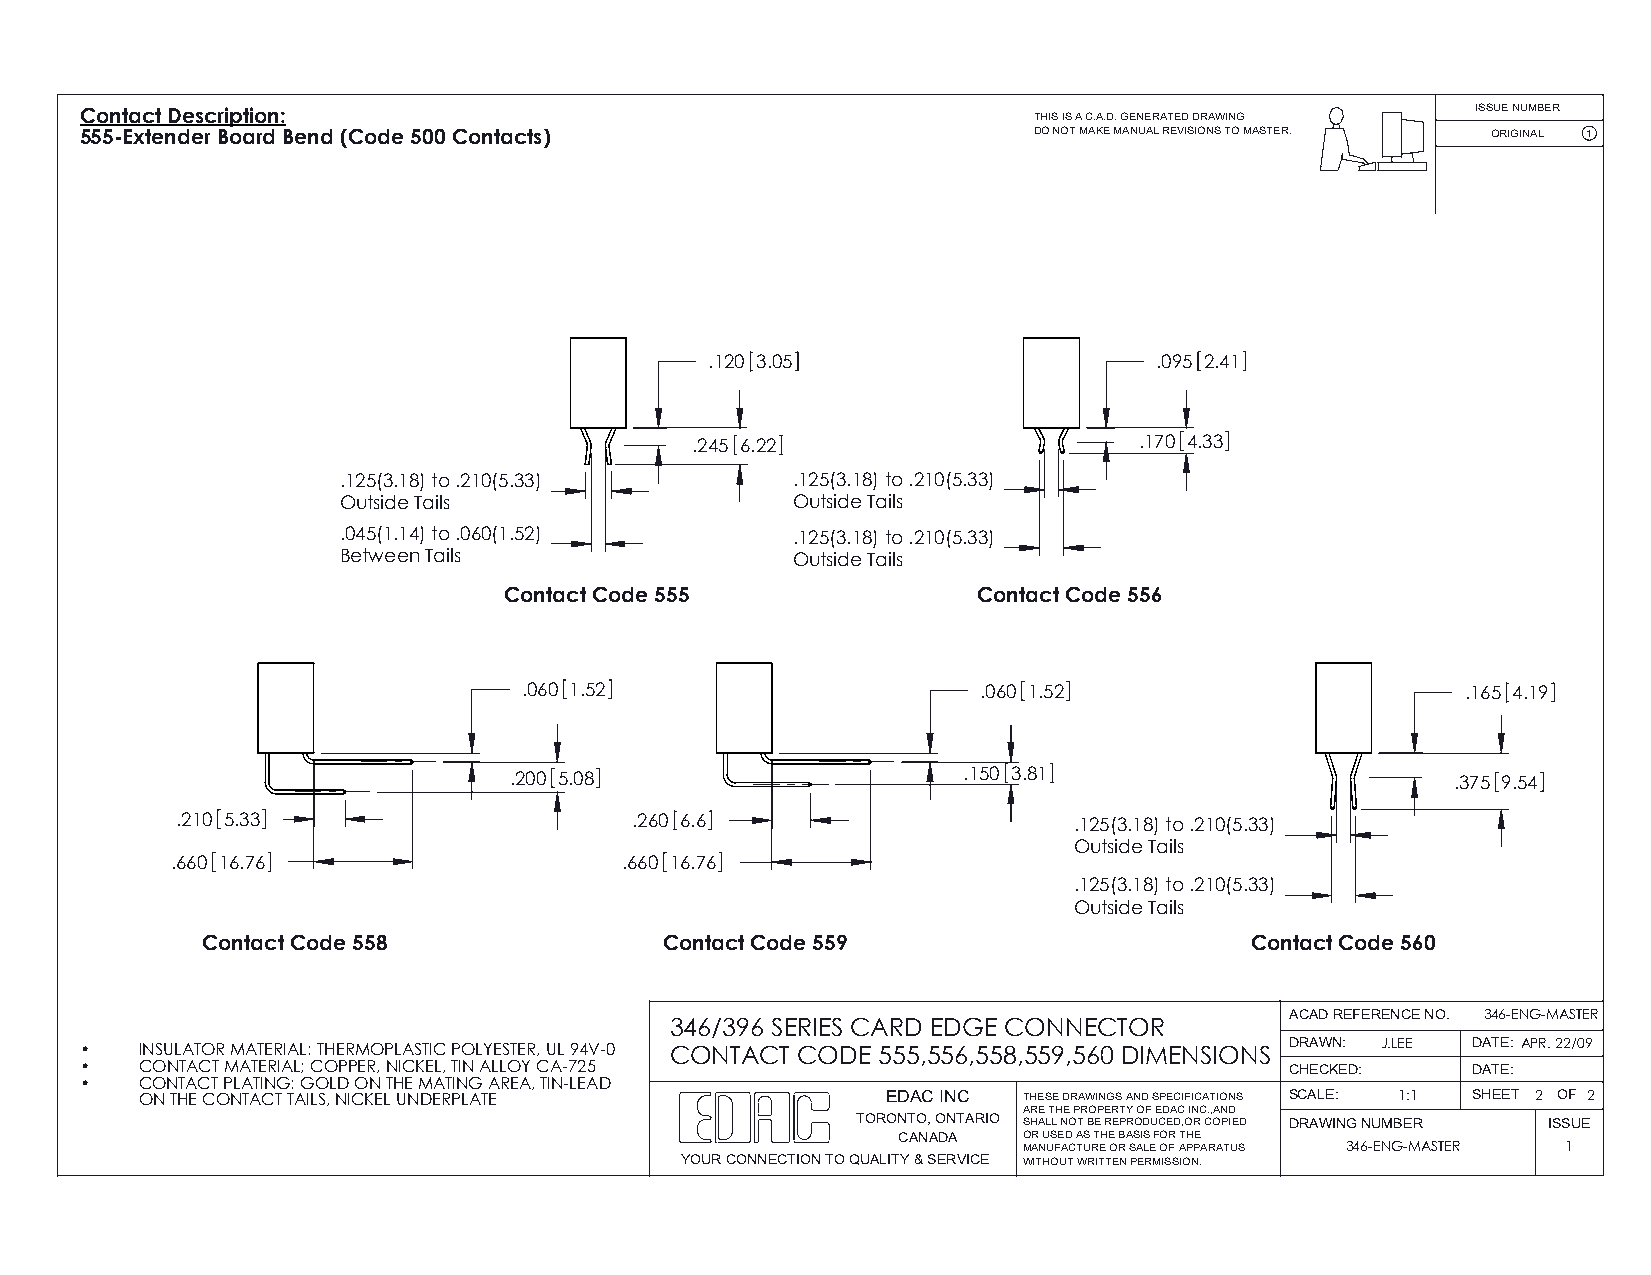
Contact Description:                                           THIS IS A C.A.D. GENERATED DRAWING ISSUE NUMBER
 555-Extender Board Bend (Code 500 Contacts)                    DO NOT MAKE MANUAL REVISIONS TO MASTER. ORIGINAL 1
 .120 3.05                    .095 2.41
 .245 6.22                    .170 4.33
 .125(3.18) to .210(5.33)      .125(3.18) to .210(5.33)
 Outside Tails                 Outside Tails
 .045(1.14) to .060(1.52)      .125(3.18) to .210(5.33)
 Between Tails                 Outside Tails
 Contact Code 555                Contact Code 556
 .060 1.52                     .060 1.52                       .165 4.19
 .200 5.08                     .150 3.81                       .375 9.54
 .210 5.33                     .260 6.6                     .125(3.18) to .210(5.33)
 Outside Tails
 .660 16.76                    .660 16.76
 .125(3.18) to .210(5.33)
 Outside Tails
 Contact Code 558               Contact Code 559                       Contact Code 560
 ACAD REFERENCE NO. 346-ENG-MASTER
 346/396 SERIES CARD EDGE CONNECTOR
 •   INSULATOR MATERIAL: THERMOPLASTIC POLYESTER, UL 94V-0 CONTACT CODE 555,556,558,559,560 DIMENSIONS DRAWN: J.LEE DATE: APR. 22/09
 •   CONTACT MATERIAL; COPPER, NICKEL, TIN ALLOY CA-725                          CHECKED:    DATE:
 •   CONTACT PLATING: GOLD ON THE MATING AREA, TIN-LEAD
 ON THE CONTACT TAILS, NICKEL UNDERPLATE           EDAC INC THESE DRAWINGS AND SPECIFICATIONS SCALE: 1:1 SHEET 2 OF 2
 ARE THE PROPERTY OF EDAC INC.,AND
 TORONTO, ONTARIO SHALL NOT BE REPRODUCED,OR COPIED DRAWING NUMBER ISSUE
 CANADA   OR USED AS THE BASIS FOR THE
 MANUFACTURE OR SALE OF APPARATUS 346-ENG-MASTER 1
 YOUR CONNECTION TO QUALITY & SERVICE WITHOUT WRITTEN PERMISSION.